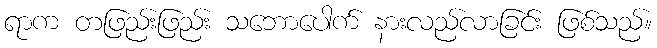
ရာက တဖြည်းဖြည်း သဘောပေါက် နားလည်လာခြင်း ဖြစ်သည်။